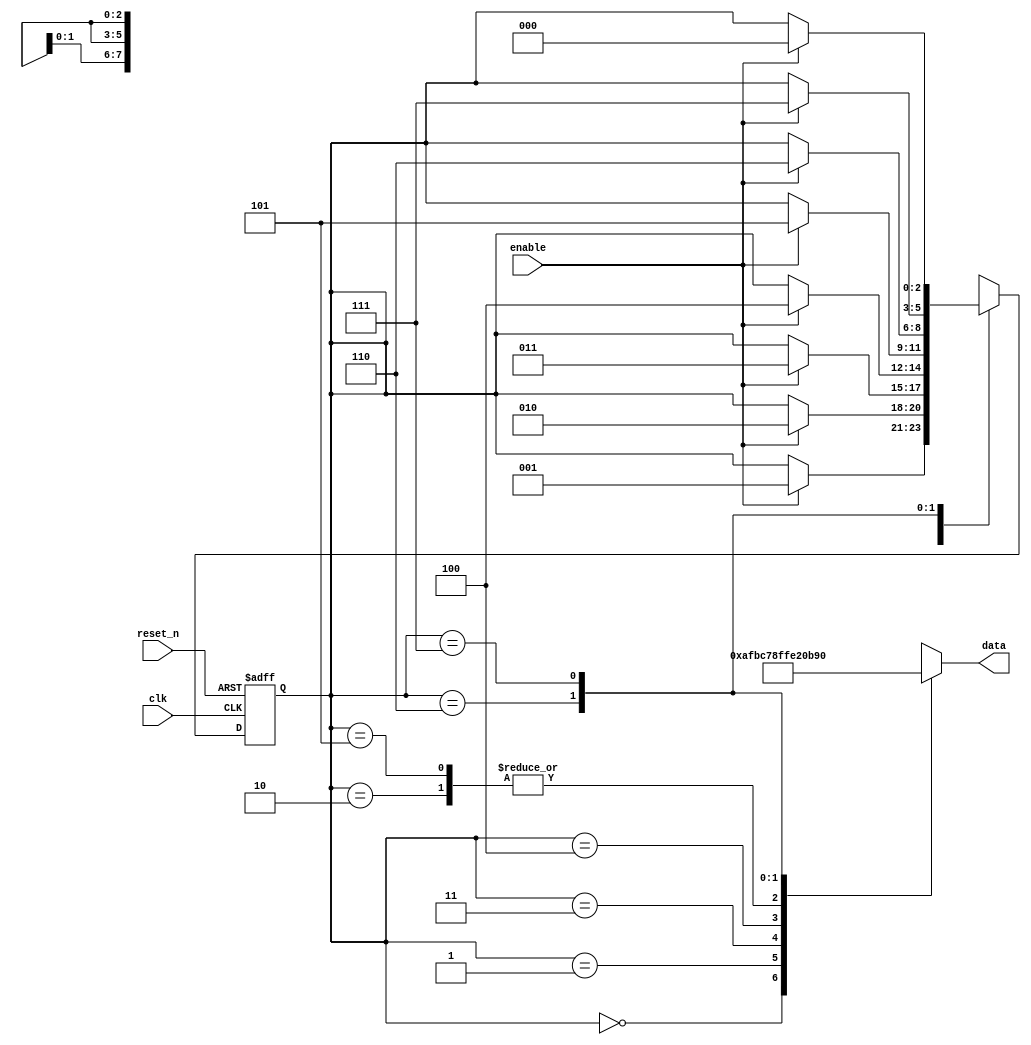
module sequence_generator (
    input wire clk,
    input wire reset_n, // Active-low reset
    input wire enable,
    output reg [7:0] data
);

reg [2:0] current_state, next_state;

// State transition and output logic
always @(posedge clk or negedge reset_n) begin
    if (!reset_n) begin
        current_state <= 3'b000;
    end else begin
        current_state <= next_state;
    end
end

// State register
always @(*) begin
    case (current_state)
        3'b000: begin
            data = 8'hAF;
            next_state = enable ? 3'b001 : current_state;
        end
        3'b001: begin
            data = 8'hBC;
            next_state = enable ? 3'b010 : current_state;
        end
        3'b010: begin
            data = 8'hE2;
            next_state = enable ? 3'b011 : current_state;
        end
        3'b011: begin
            data = 8'h78;
            next_state = enable ? 3'b100 : current_state;
        end
        3'b100: begin
            data = 8'hFF;
            next_state = enable ? 3'b101 : current_state;
        end
        3'b101: begin
            data = 8'hE2;
            next_state = enable ? 3'b110 : current_state;
        end
        3'b110: begin
            data = 8'h0B;
            next_state = enable ? 3'b111 : current_state;
        end
        3'b111: begin
            data = 8'h8D;
            next_state = enable ? 3'b000 : current_state;
        end
        default: begin
            data = 8'h00;
            next_state = 3'b000;
        end
    endcase
end

endmodule